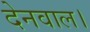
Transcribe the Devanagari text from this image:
देनवाल।